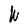
Character: W